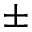
\pm